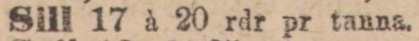
Sill 17 à 20 rdr pr tanna.